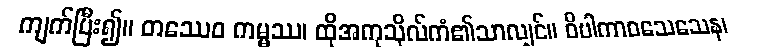
ကျက်ပြီး၍။ တဿေဝ ကမ္မဿ၊ ထိုအကုသိုလ်ကံ၏သာလျှင်။ ဝိပါကာဝသေသေန၊